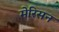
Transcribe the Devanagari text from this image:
मेरिसन